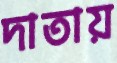
দাতায়